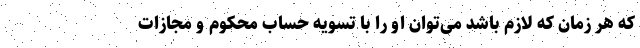
که هر زمان که لازم باشد می‌توان او را با تسویه حساب محکوم و مجازات